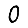
Digit: 0